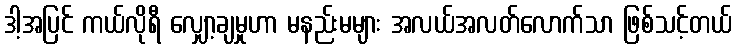
ဒါ့အပြင် ကယ်လိုရီ လျှော့ချမှုဟာ မနည်းမများ အလယ်အလတ်လောက်သာ ဖြစ်သင့်တယ်